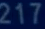
217